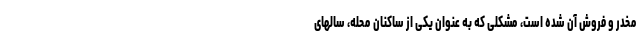
مخدر و فروش آن شده است، مشکلی که به عنوان یکی از ساکنان محله، سالهای